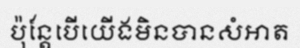
ប៉ុន្តែបើយើងមិនបានសំអាត